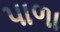
પાળા